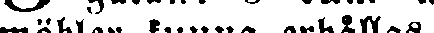
möbler kunna erhållas.